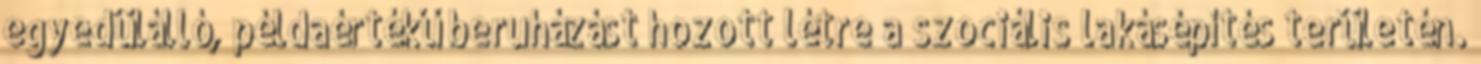
egyedülálló, példaértékű beruházást hozott létre a szociális lakásépítés területén.